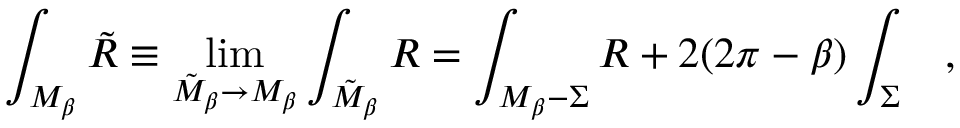
\int _ { { \cal M } _ { \beta } } { \tilde { R } } \equiv \operatorname * { l i m } _ { { \tilde { \cal M } } _ { \beta } \rightarrow { \cal M } _ { \beta } } \int _ { { \tilde { \cal M } } _ { \beta } } R = \int _ { { \cal M } _ { \beta } - \Sigma } R + 2 ( 2 \pi - \beta ) \int _ { \Sigma } ~ ~ ~ ,